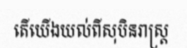
តើយើងយល់ពីសុបិនរាស្ត្រ